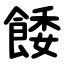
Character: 餧